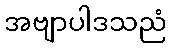
အဗျာပါဒသညံ